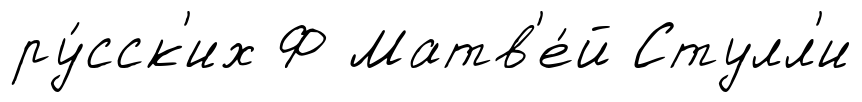
ру́сск'их Ф Матв'е́й Стулл'и